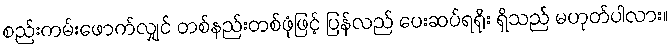
စည်းကမ်းဖောက်လျှင် တစ်နည်းတစ်ဖုံဖြင့် ပြန်လည် ပေးဆပ်ရရိုး ရှိသည် မဟုတ်ပါလား။